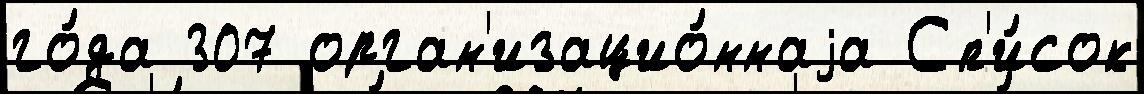
го́да 307 орган'изацио́ннаjа Сп'и́сок